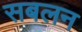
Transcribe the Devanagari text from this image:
सबलन